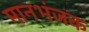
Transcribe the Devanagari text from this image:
मानभंजक